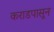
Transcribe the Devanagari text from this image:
कराडपासून